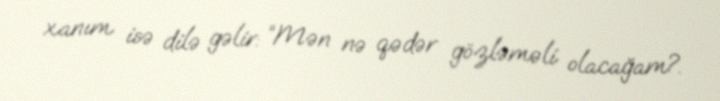
xanım isə dilə gəlir: “Mən nə qədər gözləməli olacağam?.